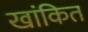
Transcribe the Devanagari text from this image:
खांकित